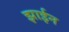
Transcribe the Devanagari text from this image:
झाईन